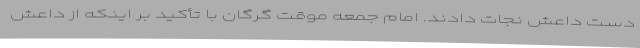
دست داعش نجات دادند. امام جمعه موقت گرگان با تأکید بر اینکه از داعش